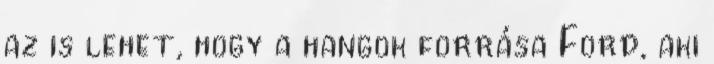
az is lehet, hogy a hangok forrása Ford, aki